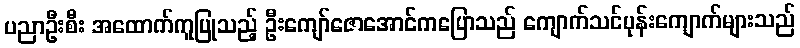
ပညာဦးစီး အထောက်ကူပြုသည့် ဦးကျော်ဇောအောင်ကပြောသည် ကျောက်သင်ပုန်းကျောက်များသည်